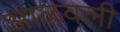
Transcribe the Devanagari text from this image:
आळवली